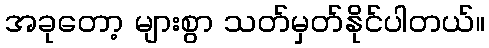
အခုတော့ များစွာ သတ်မှတ်နိုင်ပါတယ်။